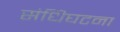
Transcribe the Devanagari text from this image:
संधिघटना